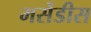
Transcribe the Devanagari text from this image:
मर्सेडीस